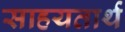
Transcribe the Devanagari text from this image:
साहयतार्थ